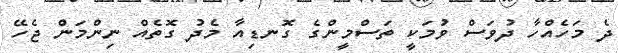
ދެ މަހެއްހާ ދުވަސް ވުމަކީ ތަސްމީންގެ ގޮނޑިއާ މެދު ގޮތެއް ނިންމަން ޖެހޭ